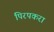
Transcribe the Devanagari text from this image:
पिरपकरा